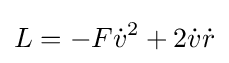
L=-F{\dot {v}}^{2}+2{\dot {v}}{\dot {r}}